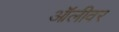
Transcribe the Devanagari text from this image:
ऑलीवर